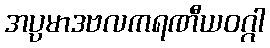
အပ္ပမာဒဗလကရဏီယဝဂ္ဂါ